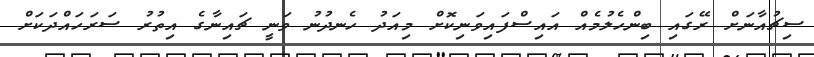
ސިޗުއާނަށް ރޭގައި ބިންހެލުމެއް އައިސްފައިވަނިކޮށް މިއަދު ހެނދުނު ވަނީ ޗައިނާގެ އިތުރު ސަރަހައްދަކަށް